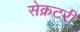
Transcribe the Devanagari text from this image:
सेेक्रटरी